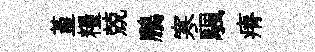
堇糧兢鵬寒颿瘠